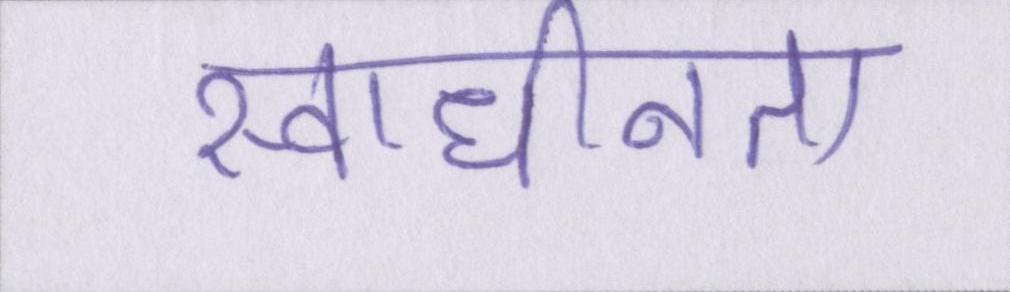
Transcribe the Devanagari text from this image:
स्वाधीनता